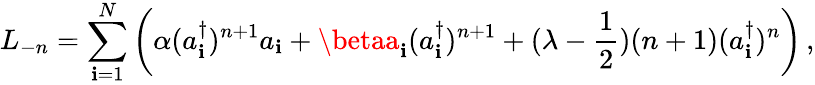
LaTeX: L_{-n}=\sum_{\mathbf{i}=1}^{N}\left(\alpha(a_{\mathbf{i}}^{\dagger})^{n+1}a_{\mathbf{i}}+\betaa_{\mathbf{i}}(a_{\mathbf{i}}^{\dagger})^{n+1}+(\lambda-{\frac{{1}}{{2}}})(n+1)(a_{\mathbf{i}}^{\dagger})^{n}\right)\, ,